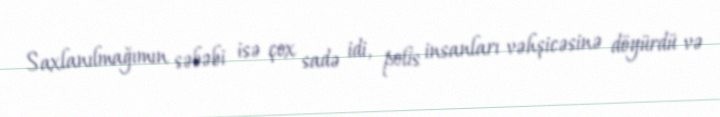
Saxlanılmağımın səbəbi isə çox sadə idi, polis insanları vəhşicəsinə döyürdü və